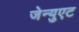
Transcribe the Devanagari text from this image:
जेन्युएट